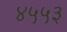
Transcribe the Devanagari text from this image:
४५५३